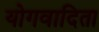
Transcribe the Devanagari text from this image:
योगवादिता